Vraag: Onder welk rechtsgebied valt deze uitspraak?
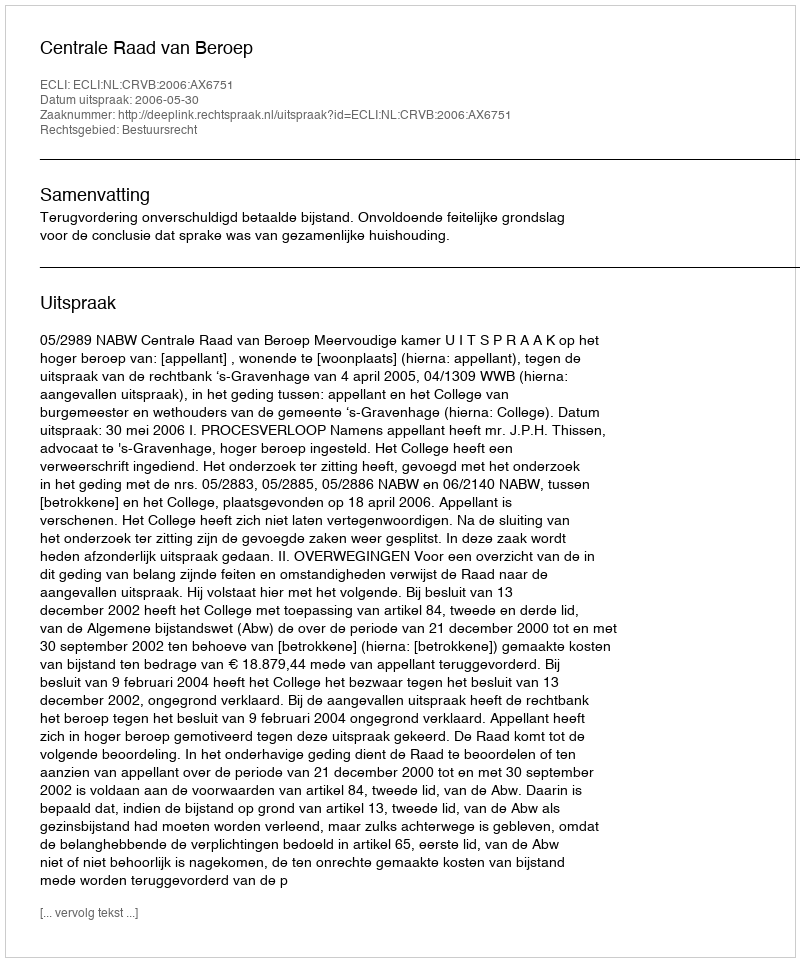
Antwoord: Bestuursrecht